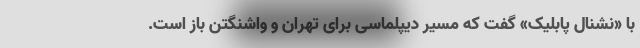
با «نشنال پابلیک» گفت که مسیر دیپلماسی برای تهران و واشنگتن باز است.